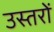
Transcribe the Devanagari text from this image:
उस्तरों